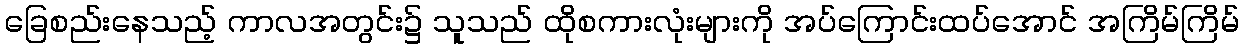
ခြေစည်းနေသည့် ကာလအတွင်း၌ သူသည် ထိုစကားလုံးများကို အပ်ကြောင်းထပ်အောင် အကြိမ်ကြိမ်